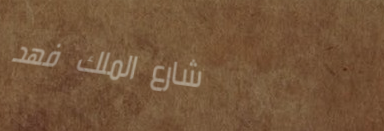
شارع الملك فهد